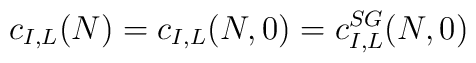
c_{I,L}(N)=c_{I,L}(N,0)=c_{I,L}^{SG}(N,0)